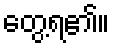
တွေ့ရ၏။